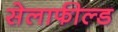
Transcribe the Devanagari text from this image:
सेलाफील्ड